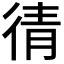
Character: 𭛯